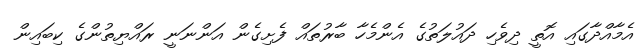
އެމާއްދާގައި އޮތީ ދިވެހި ދައުލަތުގެ އެންމެހާ ބާރުތައް ފެށިގެން އަންނަނީ ރައްޔިތުންގެ ކިބައިން